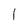
Character: l